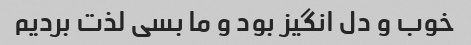
خوب و دل انگیز بود و ما بسی لذت بردیم